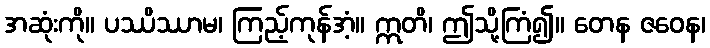
အဆုံးကို။ ပဿိဿာမ၊ ကြည့်ကုန်အံ့။ ဣတိ၊ ဤသို့ကြံ၍။ တေန ဇဝေန၊